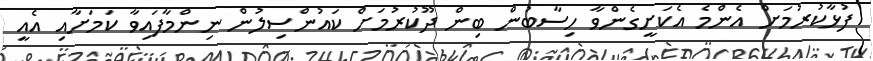
ފުޅާކުރުމަށް އެންމެ އެކަށީގެންވާ ހިސާބުން ބިން ދޫކުރުމަށް ކައުންސިލުން ނިންމާފައިވާ ކަމަށާއި އެއީ